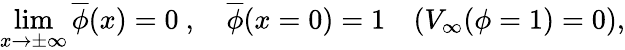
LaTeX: \operatorname*{lim}_{x\to\pm\infty}\overline{{{\phi}}}(x)=0\ ,\quad\overline{{{\phi}}}(x=0)=1\quad(V_{\infty}(\phi=1)=0),